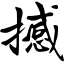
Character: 撼